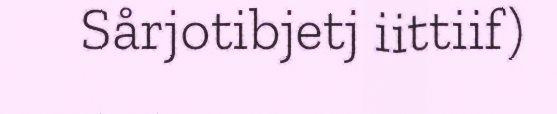
Sårjotibjetj iittiif)